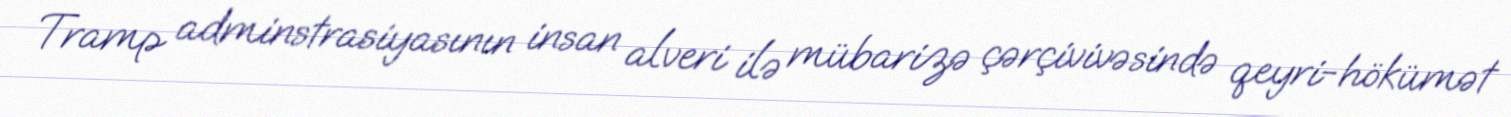
Tramp adminstrasiyasının insan alveri ilə mübarizə çərçivivəsində qeyri-hökümət